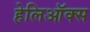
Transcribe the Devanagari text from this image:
हेलिऑक्स